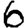
Digit: 6